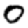
Digit: 0